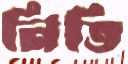
নিত্তি